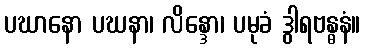
ပဃာနော ပဃနာ၊ လိန္ဒော၊ ပမုခံ ဒွါရဗန္ဓနံ။